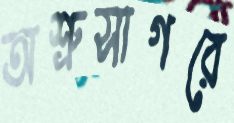
অশ্রুসাগরে